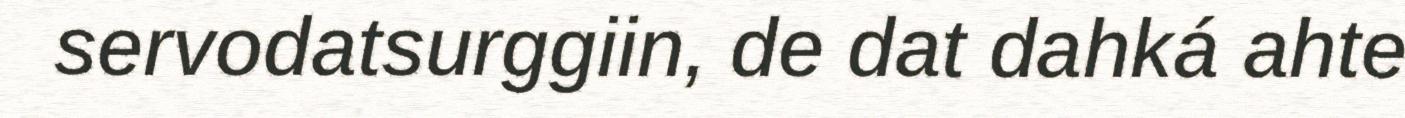
servodatsurggiin, de dat dahká ahte